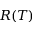
R ( T )